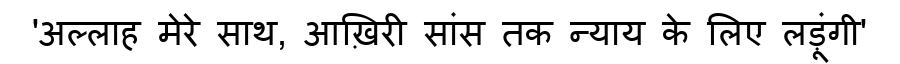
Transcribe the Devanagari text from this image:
'अल्लाह मेरे साथ, आख़िरी सांस तक न्याय के लिए लड़ूंगी'